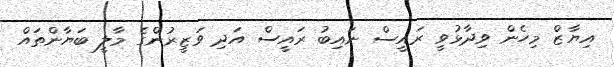
އިޔާޒް މިހެން ވިދާޅުވީ ރައީސް ނައިބު ރައީސް އަދި ވަޒީރުންގެ މާލީ ބަޔާންތައް